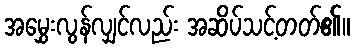
အမွှေးလွန်လျှင်လည်း အဆိပ်သင့်တတ်၏။